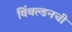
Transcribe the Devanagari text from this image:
विंबल्डनची